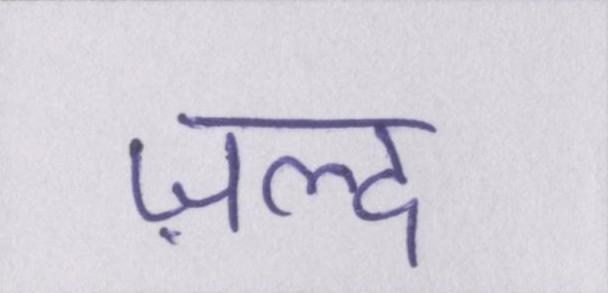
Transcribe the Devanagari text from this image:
ज़ल्द